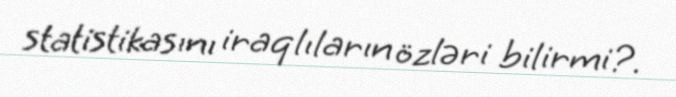
statistikasını iraqlıların özləri bilirmi?.